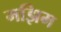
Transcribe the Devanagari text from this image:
मझिम